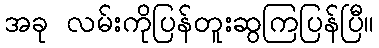
အခု လမ်းကိုပြန်တူးဆွကြပြန်ပြီ။